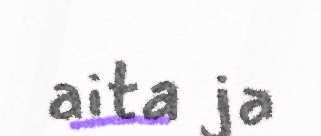
aita ja